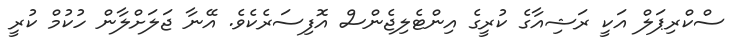
ސްކްރިޕަލް އަކީ ރަޝިއާގެ ކުރީގެ އިންޓެލިޖެންސް އޮފިސަރެކެވެ. އޭނާ ޖަލަށްލާން ހުކުމް ކުރީ